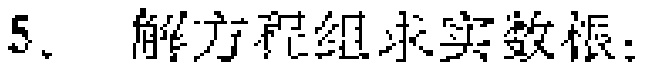
5. 解方程组求实数根：